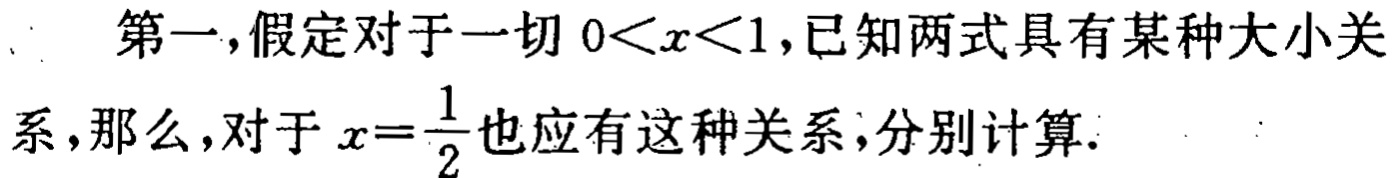
第一，假定对于一切 \(0<x<1\)，已知两式具有某种大小关系，那么，对于 \(x = \frac{1}{2}\) 也应有这种关系，分别计算.